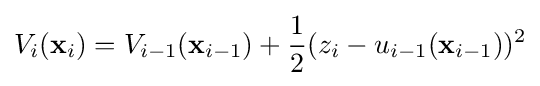
V_{i}(\mathbf {x} _{i})=V_{i-1}(\mathbf {x} _{i-1})+{\frac {1}{2}}(z_{i}-u_{i-1}(\mathbf {x} _{i-1}))^{2}